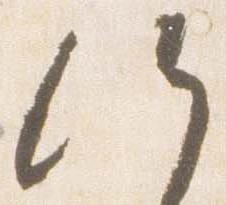
候